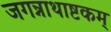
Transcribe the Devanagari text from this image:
जगन्नाथाष्टकम्